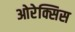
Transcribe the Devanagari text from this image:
ओरेक्सिस